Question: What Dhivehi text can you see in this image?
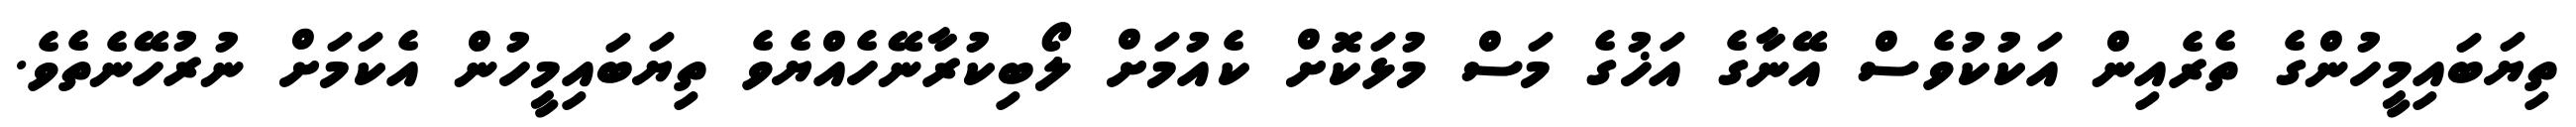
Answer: ތިޔަބައިމީހުންގެ ތެރެއިން އަކުކުވެސް އޭނާގެ އަޚުގެ މަސް މުޅަކޮށް ކެއުމަށް ލޯބިކުރާނޭހެއްޔެވެ ތިޔަބައިމީހުން އެކަމަށް ނުރުހޭނެތެވެ.